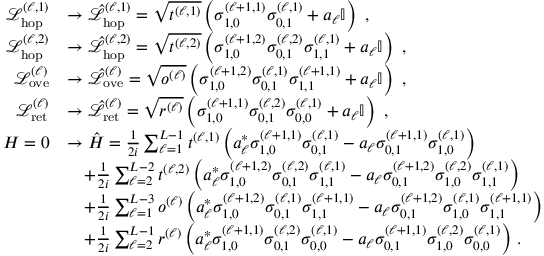
\begin{array} { r l } { \mathcal { L } _ { \mathrm { h o p } } ^ { ( \ell , 1 ) } } & { \rightarrow \hat { \mathcal { L } } _ { \mathrm { h o p } } ^ { ( \ell , 1 ) } = \sqrt { t ^ { ( \ell , 1 ) } } \left( \sigma _ { 1 , 0 } ^ { ( \ell + 1 , 1 ) } \sigma _ { 0 , 1 } ^ { ( \ell , 1 ) } + a _ { \ell } \mathbb { I } \right) \, \, , } \\ { \mathcal { L } _ { \mathrm { h o p } } ^ { ( \ell , 2 ) } } & { \rightarrow \hat { \mathcal { L } } _ { \mathrm { h o p } } ^ { ( \ell , 2 ) } = \sqrt { t ^ { ( \ell , 2 ) } } \left( \sigma _ { 1 , 0 } ^ { ( \ell + 1 , 2 ) } \sigma _ { 0 , 1 } ^ { ( \ell , 2 ) } \sigma _ { 1 , 1 } ^ { ( \ell , 1 ) } + a _ { \ell } \mathbb { I } \right) \, \, , } \\ { \mathcal { L } _ { \mathrm { o v e } } ^ { ( \ell ) } } & { \rightarrow \hat { \mathcal { L } } _ { \mathrm { o v e } } ^ { ( \ell ) } = \sqrt { o ^ { ( \ell ) } } \left( \sigma _ { 1 , 0 } ^ { ( \ell + 1 , 2 ) } \sigma _ { 0 , 1 } ^ { ( \ell , 1 ) } \sigma _ { 1 , 1 } ^ { ( \ell + 1 , 1 ) } + a _ { \ell } \mathbb { I } \right) \, \, , } \\ { \mathcal { L } _ { \mathrm { r e t } } ^ { ( \ell ) } } & { \rightarrow \hat { \mathcal { L } } _ { \mathrm { r e t } } ^ { ( \ell ) } = \sqrt { r ^ { ( \ell ) } } \left( \sigma _ { 1 , 0 } ^ { ( \ell + 1 , 1 ) } \sigma _ { 0 , 1 } ^ { ( \ell , 2 ) } \sigma _ { 0 , 0 } ^ { ( \ell , 1 ) } + a _ { \ell } \mathbb { I } \right) \, \, , } \\ { H = 0 } & { \rightarrow \hat { H } = \frac { 1 } { 2 i } \sum _ { \ell = 1 } ^ { L - 1 } t ^ { ( \ell , 1 ) } \left( a _ { \ell } ^ { * } \sigma _ { 1 , 0 } ^ { ( \ell + 1 , 1 ) } \sigma _ { 0 , 1 } ^ { ( \ell , 1 ) } - a _ { \ell } \sigma _ { 0 , 1 } ^ { ( \ell + 1 , 1 ) } \sigma _ { 1 , 0 } ^ { ( \ell , 1 ) } \right) } \\ & { \ \ \ + \frac { 1 } { 2 i } \sum _ { \ell = 2 } ^ { L - 2 } t ^ { ( \ell , 2 ) } \left( a _ { \ell } ^ { * } \sigma _ { 1 , 0 } ^ { ( \ell + 1 , 2 ) } \sigma _ { 0 , 1 } ^ { ( \ell , 2 ) } \sigma _ { 1 , 1 } ^ { ( \ell , 1 ) } - a _ { \ell } \sigma _ { 0 , 1 } ^ { ( \ell + 1 , 2 ) } \sigma _ { 1 , 0 } ^ { ( \ell , 2 ) } \sigma _ { 1 , 1 } ^ { ( \ell , 1 ) } \right) } \\ & { \ \ \ + \frac { 1 } { 2 i } \sum _ { \ell = 1 } ^ { L - 3 } o ^ { ( \ell ) } \left( a _ { \ell } ^ { * } \sigma _ { 1 , 0 } ^ { ( \ell + 1 , 2 ) } \sigma _ { 0 , 1 } ^ { ( \ell , 1 ) } \sigma _ { 1 , 1 } ^ { ( \ell + 1 , 1 ) } - a _ { \ell } \sigma _ { 0 , 1 } ^ { ( \ell + 1 , 2 ) } \sigma _ { 1 , 0 } ^ { ( \ell , 1 ) } \sigma _ { 1 , 1 } ^ { ( \ell + 1 , 1 ) } \right) } \\ & { \ \ \ + \frac { 1 } { 2 i } \sum _ { \ell = 2 } ^ { L - 1 } r ^ { ( \ell ) } \left( a _ { \ell } ^ { * } \sigma _ { 1 , 0 } ^ { ( \ell + 1 , 1 ) } \sigma _ { 0 , 1 } ^ { ( \ell , 2 ) } \sigma _ { 0 , 0 } ^ { ( \ell , 1 ) } - a _ { \ell } \sigma _ { 0 , 1 } ^ { ( \ell + 1 , 1 ) } \sigma _ { 1 , 0 } ^ { ( \ell , 2 ) } \sigma _ { 0 , 0 } ^ { ( \ell , 1 ) } \right) \, . } \end{array}